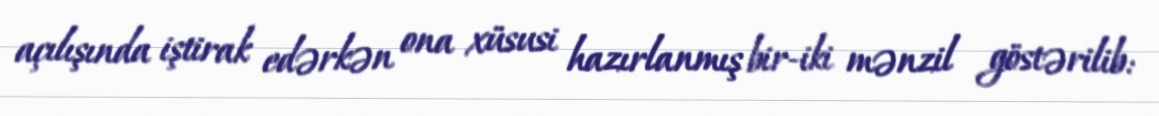
açılışında iştirak edərkən ona xüsusi hazırlanmış bir-iki mənzil göstərilib: